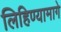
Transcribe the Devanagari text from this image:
लिहिण्यामागे